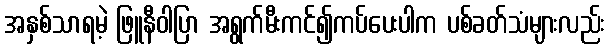
အနှစ်သာရမဲ့ ဖြူနီဝါပြာ အရွက်မီးကင်၍ကပ်ပေးပါက ပစ်ခတ်သံများလည်း